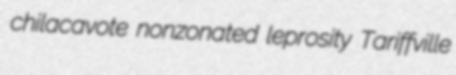
chilacavote nonzonated leprosity Tariffville